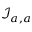
{ \mathcal { I } } _ { a , a }